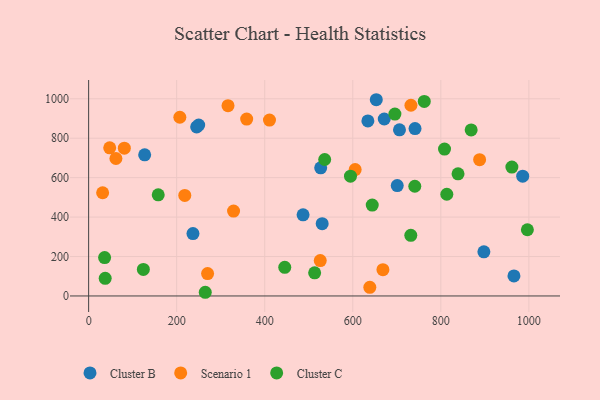
{"axis": {"x": "Experience", "y": "Fuel Efficiency"}, "legend": ["Cluster B", "Cluster C", "Scenario 1"], "data": [{"x": "653.4", "y": 995.2, "type": "Cluster B"}, {"x": "706.1", "y": 842.6, "type": "Cluster B"}, {"x": "741.4", "y": 849.1, "type": "Cluster B"}, {"x": "245.4", "y": 857.4, "type": "Cluster B"}, {"x": "237.0", "y": 316.5, "type": "Cluster B"}, {"x": "966.1", "y": 101.4, "type": "Cluster B"}, {"x": "487.1", "y": 411.7, "type": "Cluster B"}, {"x": "634.3", "y": 887.9, "type": "Cluster B"}, {"x": "701.0", "y": 559.9, "type": "Cluster B"}, {"x": "986.0", "y": 607.6, "type": "Cluster B"}, {"x": "897.8", "y": 223.8, "type": "Cluster B"}, {"x": "530.5", "y": 366.7, "type": "Cluster B"}, {"x": "127.3", "y": 715.7, "type": "Cluster B"}, {"x": "527.1", "y": 649.7, "type": "Cluster B"}, {"x": "671.5", "y": 897.4, "type": "Cluster B"}, {"x": "250.0", "y": 866.5, "type": "Cluster B"}, {"x": "316.6", "y": 964.8, "type": "Scenario 1"}, {"x": "81.1", "y": 749.5, "type": "Scenario 1"}, {"x": "638.7", "y": 43.7, "type": "Scenario 1"}, {"x": "218.4", "y": 510.1, "type": "Scenario 1"}, {"x": "359.0", "y": 897.0, "type": "Scenario 1"}, {"x": "605.4", "y": 641.1, "type": "Scenario 1"}, {"x": "270.2", "y": 113.7, "type": "Scenario 1"}, {"x": "410.8", "y": 892.2, "type": "Scenario 1"}, {"x": "732.1", "y": 967.2, "type": "Scenario 1"}, {"x": "329.2", "y": 430.7, "type": "Scenario 1"}, {"x": "888.1", "y": 691.3, "type": "Scenario 1"}, {"x": "207.2", "y": 906.2, "type": "Scenario 1"}, {"x": "62.0", "y": 697.1, "type": "Scenario 1"}, {"x": "668.5", "y": 133.2, "type": "Scenario 1"}, {"x": "47.9", "y": 751.1, "type": "Scenario 1"}, {"x": "526.1", "y": 179.4, "type": "Scenario 1"}, {"x": "31.8", "y": 523.5, "type": "Scenario 1"}, {"x": "839.1", "y": 619.6, "type": "Cluster C"}, {"x": "536.2", "y": 692.1, "type": "Cluster C"}, {"x": "124.3", "y": 134.8, "type": "Cluster C"}, {"x": "37.6", "y": 89.3, "type": "Cluster C"}, {"x": "264.9", "y": 18.7, "type": "Cluster C"}, {"x": "695.7", "y": 922.4, "type": "Cluster C"}, {"x": "808.4", "y": 744.7, "type": "Cluster C"}, {"x": "445.5", "y": 145.1, "type": "Cluster C"}, {"x": "740.9", "y": 556.3, "type": "Cluster C"}, {"x": "762.4", "y": 986.5, "type": "Cluster C"}, {"x": "731.8", "y": 307.3, "type": "Cluster C"}, {"x": "644.2", "y": 461.1, "type": "Cluster C"}, {"x": "961.4", "y": 653.8, "type": "Cluster C"}, {"x": "996.6", "y": 335.8, "type": "Cluster C"}, {"x": "513.4", "y": 117.3, "type": "Cluster C"}, {"x": "36.3", "y": 194.8, "type": "Cluster C"}, {"x": "158.1", "y": 512.9, "type": "Cluster C"}, {"x": "868.9", "y": 841.8, "type": "Cluster C"}, {"x": "813.6", "y": 515.9, "type": "Cluster C"}, {"x": "594.8", "y": 607.3, "type": "Cluster C"}]}